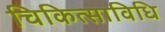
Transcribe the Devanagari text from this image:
चिकित्साविधि